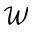
\mathcal { W }